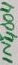
Text: iN4004